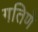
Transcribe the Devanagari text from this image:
गतिणे